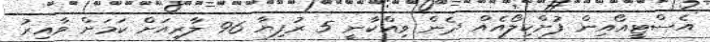
އެސްޓީއޯއިން ފުށްކިލޯއެއް ދެން ވިއްކާނީ 5 ރުފިޔާ 96 ލާރިއަށް ކަމަށް ވާއިރު